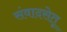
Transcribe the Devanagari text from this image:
संवादसेतू